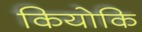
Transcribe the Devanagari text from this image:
कियोकि